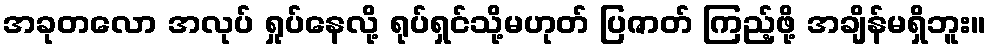
အခုတလော အလုပ် ရှုပ်နေလို့ ရုပ်ရှင်သို့မဟုတ် ပြဇာတ် ကြည့်ဖို့ အချိန်မရှိဘူး။